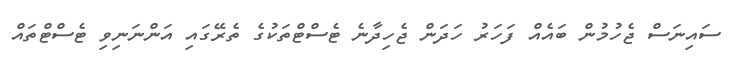
ސައިނަސް ޖެހުމުން ބައެއް ފަހަރު ހަދަން ޖެހިދާނެ ޓެސްޓްތަކުގެ ތެރޭގައި އަންނަނިވި ޓެސްޓްތައް